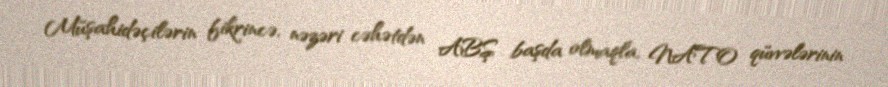
Müşahidəçilərin fikrincə, nəzəri cəhətdən ABŞ başda olmaqla, NATO qüvvələrinin